Treatise on elephants
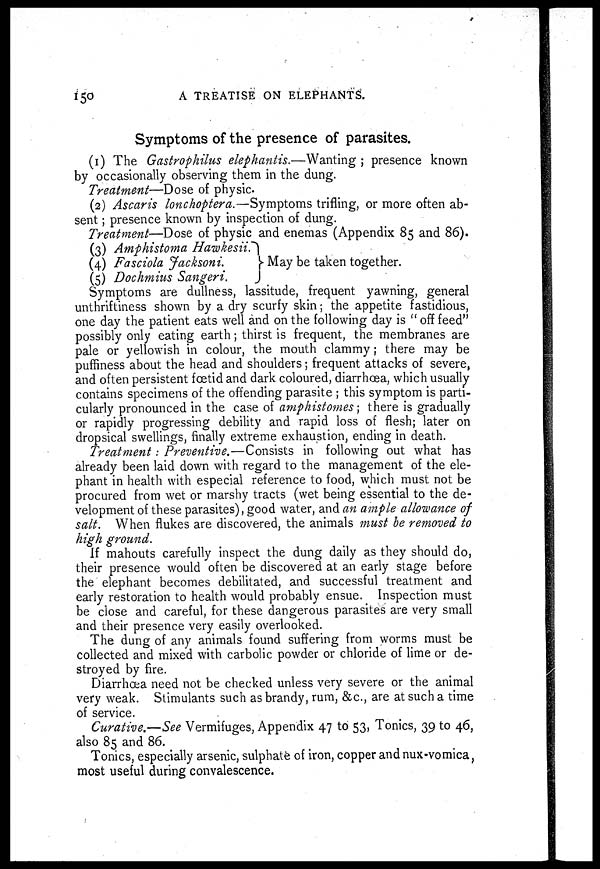
150
A TREATISE ON ELEPHANTS.
Symptoms of the presence of parasites.
(1) The Gastrophilus elephantis.—Wanting ; presence known
by occasionally observing them in the dung.
Treatment—Dose of physic.
(2) Ascaris lonchoptera.—Symptoms trifling, or more often ab-
sent ; presence known by inspection of dung.
Treatment—Dose of physic and enemas (Appendix 85 and 86).
(3) Amphistoma Hawkesii.
(4) Fasciola Jacksoni.
May be taken together.
(5) Dochmius Sangeri.
}
Symptoms are dullness, lassitude, frequent yawning, general
unthriftiness shown by a dry scurfy skin; the appetite fastidious,
one day the patient eats well and on the following day is "off feed"
possibly only eating earth; thirst is frequent, the membranes are
pale or yellowish in colour, the mouth clammy; there may be
puffiness about the head and shoulders; frequent attacks of severe,
and often persistent fœtid and dark coloured, diarrhœa, which usually
contains specimens of the offending parasite ; this symptom is parti-
cularly pronounced in the case of amphistomes; there is gradually
or rapidly progressing debility and rapid loss of flesh; later on
dropsical swellings, finally extreme exhaustion, ending in death.
Treatment: Preventive.—Consists in following out what has
already been laid down with regard to the management of the ele-
phant in health with especial reference to food, which must not be
procured from wet or marshy tracts (wet being essential to the de-
velopment of these parasites), good water, and an ample allowance of
salt. When flukes are discovered, the animals must be removed to
high ground.
If mahouts carefully inspect the dung daily as they should do,
their presence would often be discovered at an early stage before
the elephant becomes debilitated, and successful treatment and
early restoration to health would probably ensue. Inspection must
be close and careful, for these dangerous parasites are very small
and their presence very easily overlooked.
The dung of any animals found suffering from worms must be
collected and mixed with carbolic powder or chloride of lime or de-
stroyed by fire.
Diarrhoea need not be checked unless very severe or the animal
very weak. Stimulants such as brandy, rum, &c., are at such a time
of service.
Curative.—See Vermifuges, Appendix 47 to 53, Tonics, 39 to 46,
also 85 and 86.
Tonics, especially arsenic, sulphate of iron, copper and nux-vomica,
most useful during convalescence.